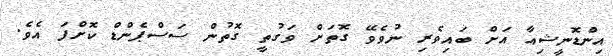
އިންޑޮނީޝިއާ އަށް ބައިވެރި ނުވެވޭ ގޮތަށް ވަގުތީ ގޮތުން ސަސްޕެންޑް ކޮށްފަ އެވެ.